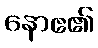
နောဧ၏